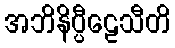
အဘိနိပ္ပီဠေသီတိ